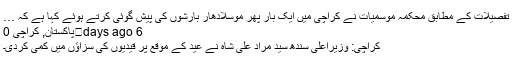
تفصیلات کے مطابق محکمہ موسمیات نے کراچی میں ایک بار پھر موسلادھار بارشوں کی پیش گوئی کرتے ہوئے کہا ہے کہ …
6 days ago	پاکستان, کراچی 0
کراچی: وزیراعلیٰ سندھ سید مراد علی شاہ نے عید کے موقع پر قیدیوں کی سزاؤں میں کمی کردی۔